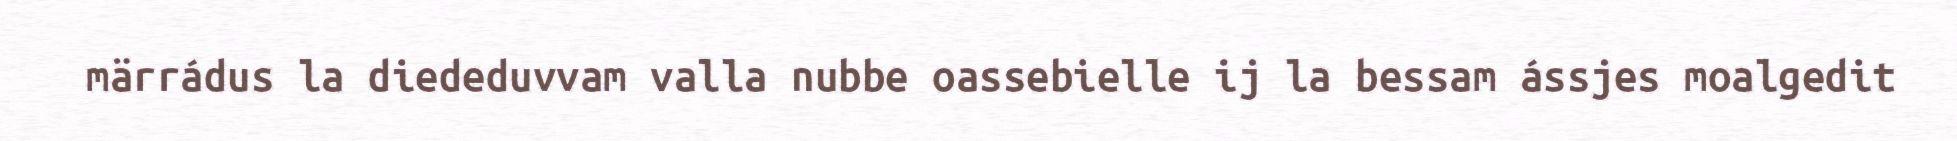
märrádus la diededuvvam valla nubbe oassebielle ij la bessam ássjes moalgedit